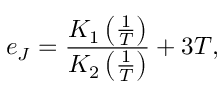
e _ { J } = \frac { K _ { 1 } \left( \frac { 1 } { T } \right) } { K _ { 2 } \left( \frac { 1 } { T } \right) } + 3 T ,